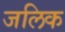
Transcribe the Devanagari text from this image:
जलिक